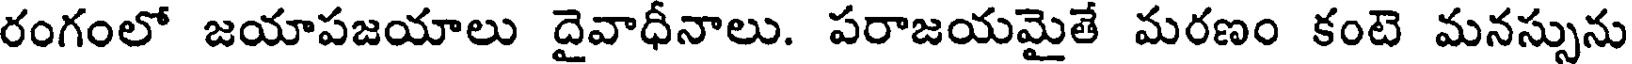
రంగంలో జయాపజయాలు దైవాధీనాలు. పరాజయమైతే మరణం కంటె మనస్సును